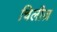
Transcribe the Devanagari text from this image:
चिलीज़